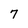
Character: 7